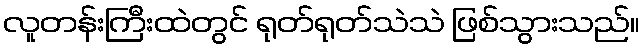
လူတန်းကြီးထဲတွင် ရုတ်ရုတ်သဲသဲ ဖြစ်သွားသည်။